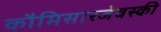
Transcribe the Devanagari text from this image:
कौमिसारजेवस्की